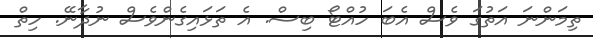
ތިމަންނަ އަތުގަ ވެސް އެބަ ހުއްޓޯ ބިސް. އެ ތަޅައިގެންވެސް ނުދާނޭ. ހިތް